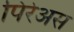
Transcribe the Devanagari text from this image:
पिरेअस